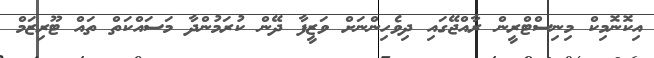
އިކޮނޮމިކް މިނިސްޓްރީން ރާއްޖޭގައި ދިވެހިންނަށް ވަޒީފާ ދޭން ކުރަމުންދާ މަސައްކަތް ތައް ޓޫރިޒަމް